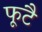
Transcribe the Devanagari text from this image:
फूटै